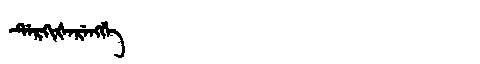
Manchu: ᡩᡝᡵᡴᡳᡧᡝᡵᡝᠩᡤᡝ
Romanization: DERKIŠERENGGE